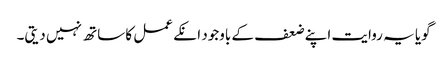
گویا یہ روایت اپنے ضعف کے باوجود انکے عمل کا ساتھ نہیں دیتی۔